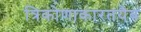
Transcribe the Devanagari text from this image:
त्रिकोणाकारतयैब